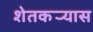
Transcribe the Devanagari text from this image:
शेतकर्‍यास